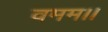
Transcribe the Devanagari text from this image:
वमम।।